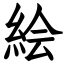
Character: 絵